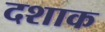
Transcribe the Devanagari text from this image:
दशाक